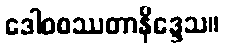
ဒေါဝစဿတာနိဒ္ဒေသ။